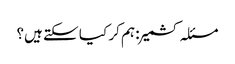
مسئلہ کشمیر : ہم کر کیا سکتے ہیں؟